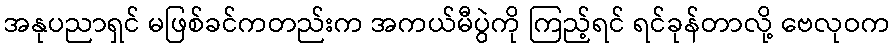
အနုပညာရှင် မဖြစ်ခင်ကတည်းက အကယ်မီပွဲကို ကြည့်ရင် ရင်ခုန်တာလို့ ဗေလုဝက